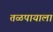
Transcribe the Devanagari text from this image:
तळपायाला